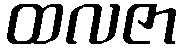
ထလဇာ